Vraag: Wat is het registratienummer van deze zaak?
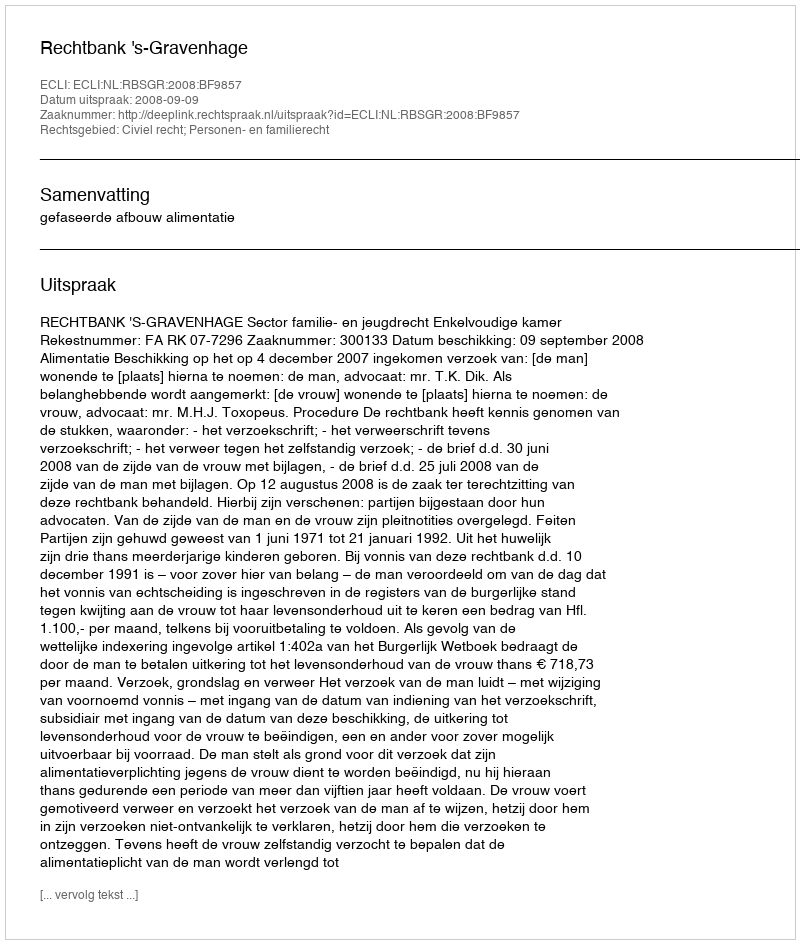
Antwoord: http://deeplink.rechtspraak.nl/uitspraak?id=ECLI:NL:RBSGR:2008:BF9857